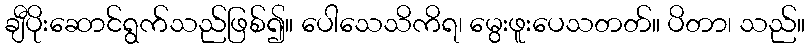
ချီပိုးဆောင်ရွက်သည်ဖြစ်၍။ ပေါသေသိကိရ၊ မွေးဖူးပေသတတ်။ ပိတာ၊ သည်။